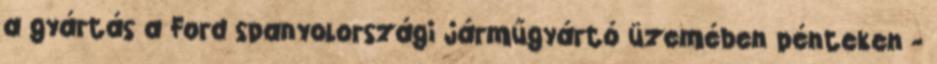
a gyártás a Ford spanyolországi járműgyártó üzemében pénteken -